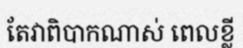
តែវាពិបាកណាស់ ពេលខ្លី